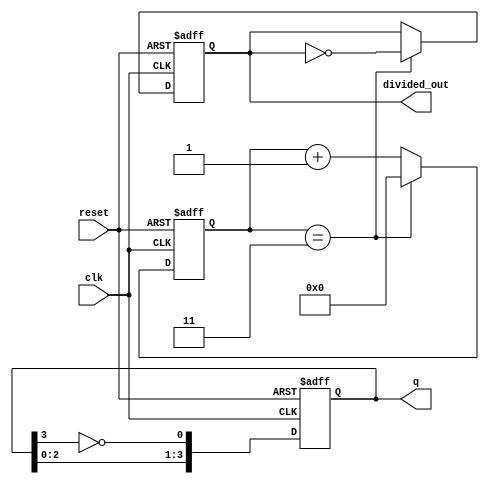
module DivideByNJohnsonCounter #(
    parameter M = 4,  // Number of flip-flops
    parameter N = 3   // Divide factor
)(
    input wire clk,       // Clock input
    input wire reset,     // Asynchronous reset
    output reg [M-1:0] q, // Counter output
    output reg divided_out // Divided output
);

    // Internal counter state
    reg [M-1:0] state;
    reg [3:0] count; // Counter to track the number of clock cycles

    // Initialize the counter
    initial begin
        state = 0;
        count = 0;
        divided_out = 0;
    end

    // Johnson Counter logic
    always @(posedge clk or posedge reset) begin
        if (reset) begin
            state <= 0; // Reset state
            count <= 0; // Reset count
            divided_out <= 0;
        end else begin
            // Update the Johnson counter state
            state <= {state[M-2:0], ~state[M-1]};
            count <= count + 1;

            // Check if we have reached the divide factor N
            if (count == N) begin
                divided_out <= ~divided_out; // Toggle the divided output
                count <= 0; // Reset the count
            end
        end
    end

    // Assign the current state to the output
    always @(*) begin
        q = state; // Output the current state
    end

endmodule